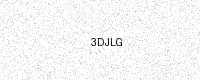
Text: 3DJLG